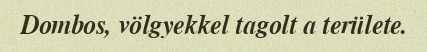
Dombos, völgyekkel tagolt a területe.